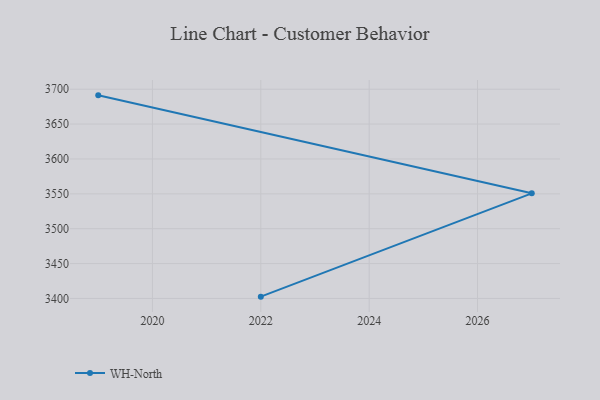
{"axis": {"x": "Year", "y": "Net Income (USD K)"}, "legend": ["WH-North"], "data": [{"x": "2022", "y": 3402.6, "type": "WH-North"}, {"x": "2027", "y": 3550.7, "type": "WH-North"}, {"x": "2019", "y": 3691.2, "type": "WH-North"}]}